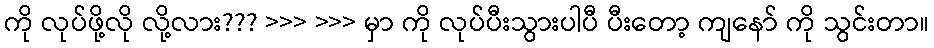
ကို လုပ်ဖို့လို လို့လား??? >>> >>> မှာ ကို လုပ်ပီးသွားပါပီ ပီးတော့ ကျနော် ကို သွင်းတာ။